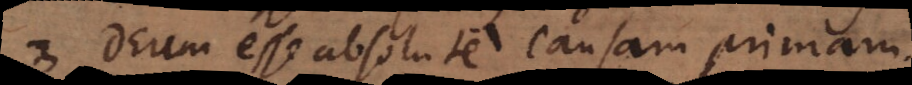
3. Deum esse absolute causam primam.